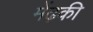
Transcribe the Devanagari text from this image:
मेंढ़की